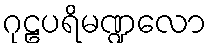
ဂုဠပရိမဏ္ဍလော